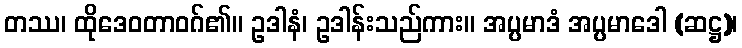
တဿ၊ ထိုဒေဝတာဝဂ်၏။ ဥဒါနံ၊ ဥဒါန်းသည်ကား။ အပ္ပမာဒံ အပ္ပမာဒေါ (ဆဋ္ဌ)၊